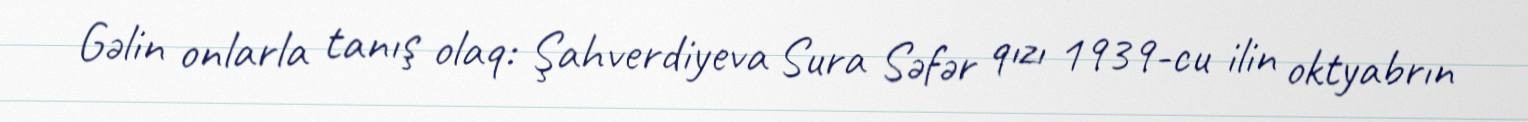
Gəlin onlarla tanış olaq: Şahverdiyeva Sura Səfər qızı 1939-cu ilin oktyabrın